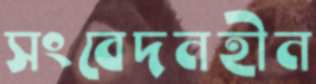
সংবেদনহীন